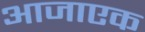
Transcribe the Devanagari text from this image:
आजाएक